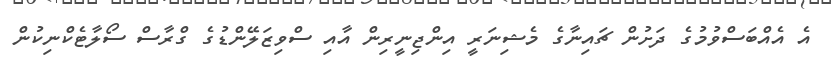
އެ އެއްބަސްވުމުގެ ދަށުން ޗައިނާގެ މެޝިނަރީ އިންޖިނީރިން އާއި ސްވިޒަލޭންޑުގެ ގްރާސް ސޯލާޓެކްނިކުން